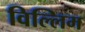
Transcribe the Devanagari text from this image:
विल्लिम